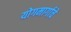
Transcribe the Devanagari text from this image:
योगमार्गाचे